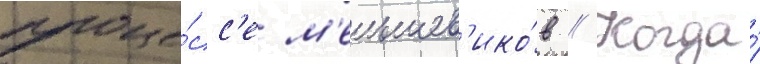
проце́сс'е м'еньшев'ико́в // Когда́